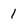
Character: 1